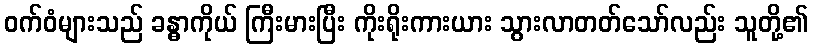
ဝက်ဝံများသည် ခန္ဓာကိုယ် ကြီးမားပြီး ကိုးရိုးကားယား သွားလာတတ်သော်လည်း သူတို့၏